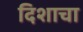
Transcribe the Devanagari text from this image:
दिशाचा